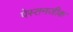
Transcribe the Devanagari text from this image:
पेस्तनजीक